65_HS1-834228961_62-HQ-83894_SUB_A
Agency: FBI
Page 70
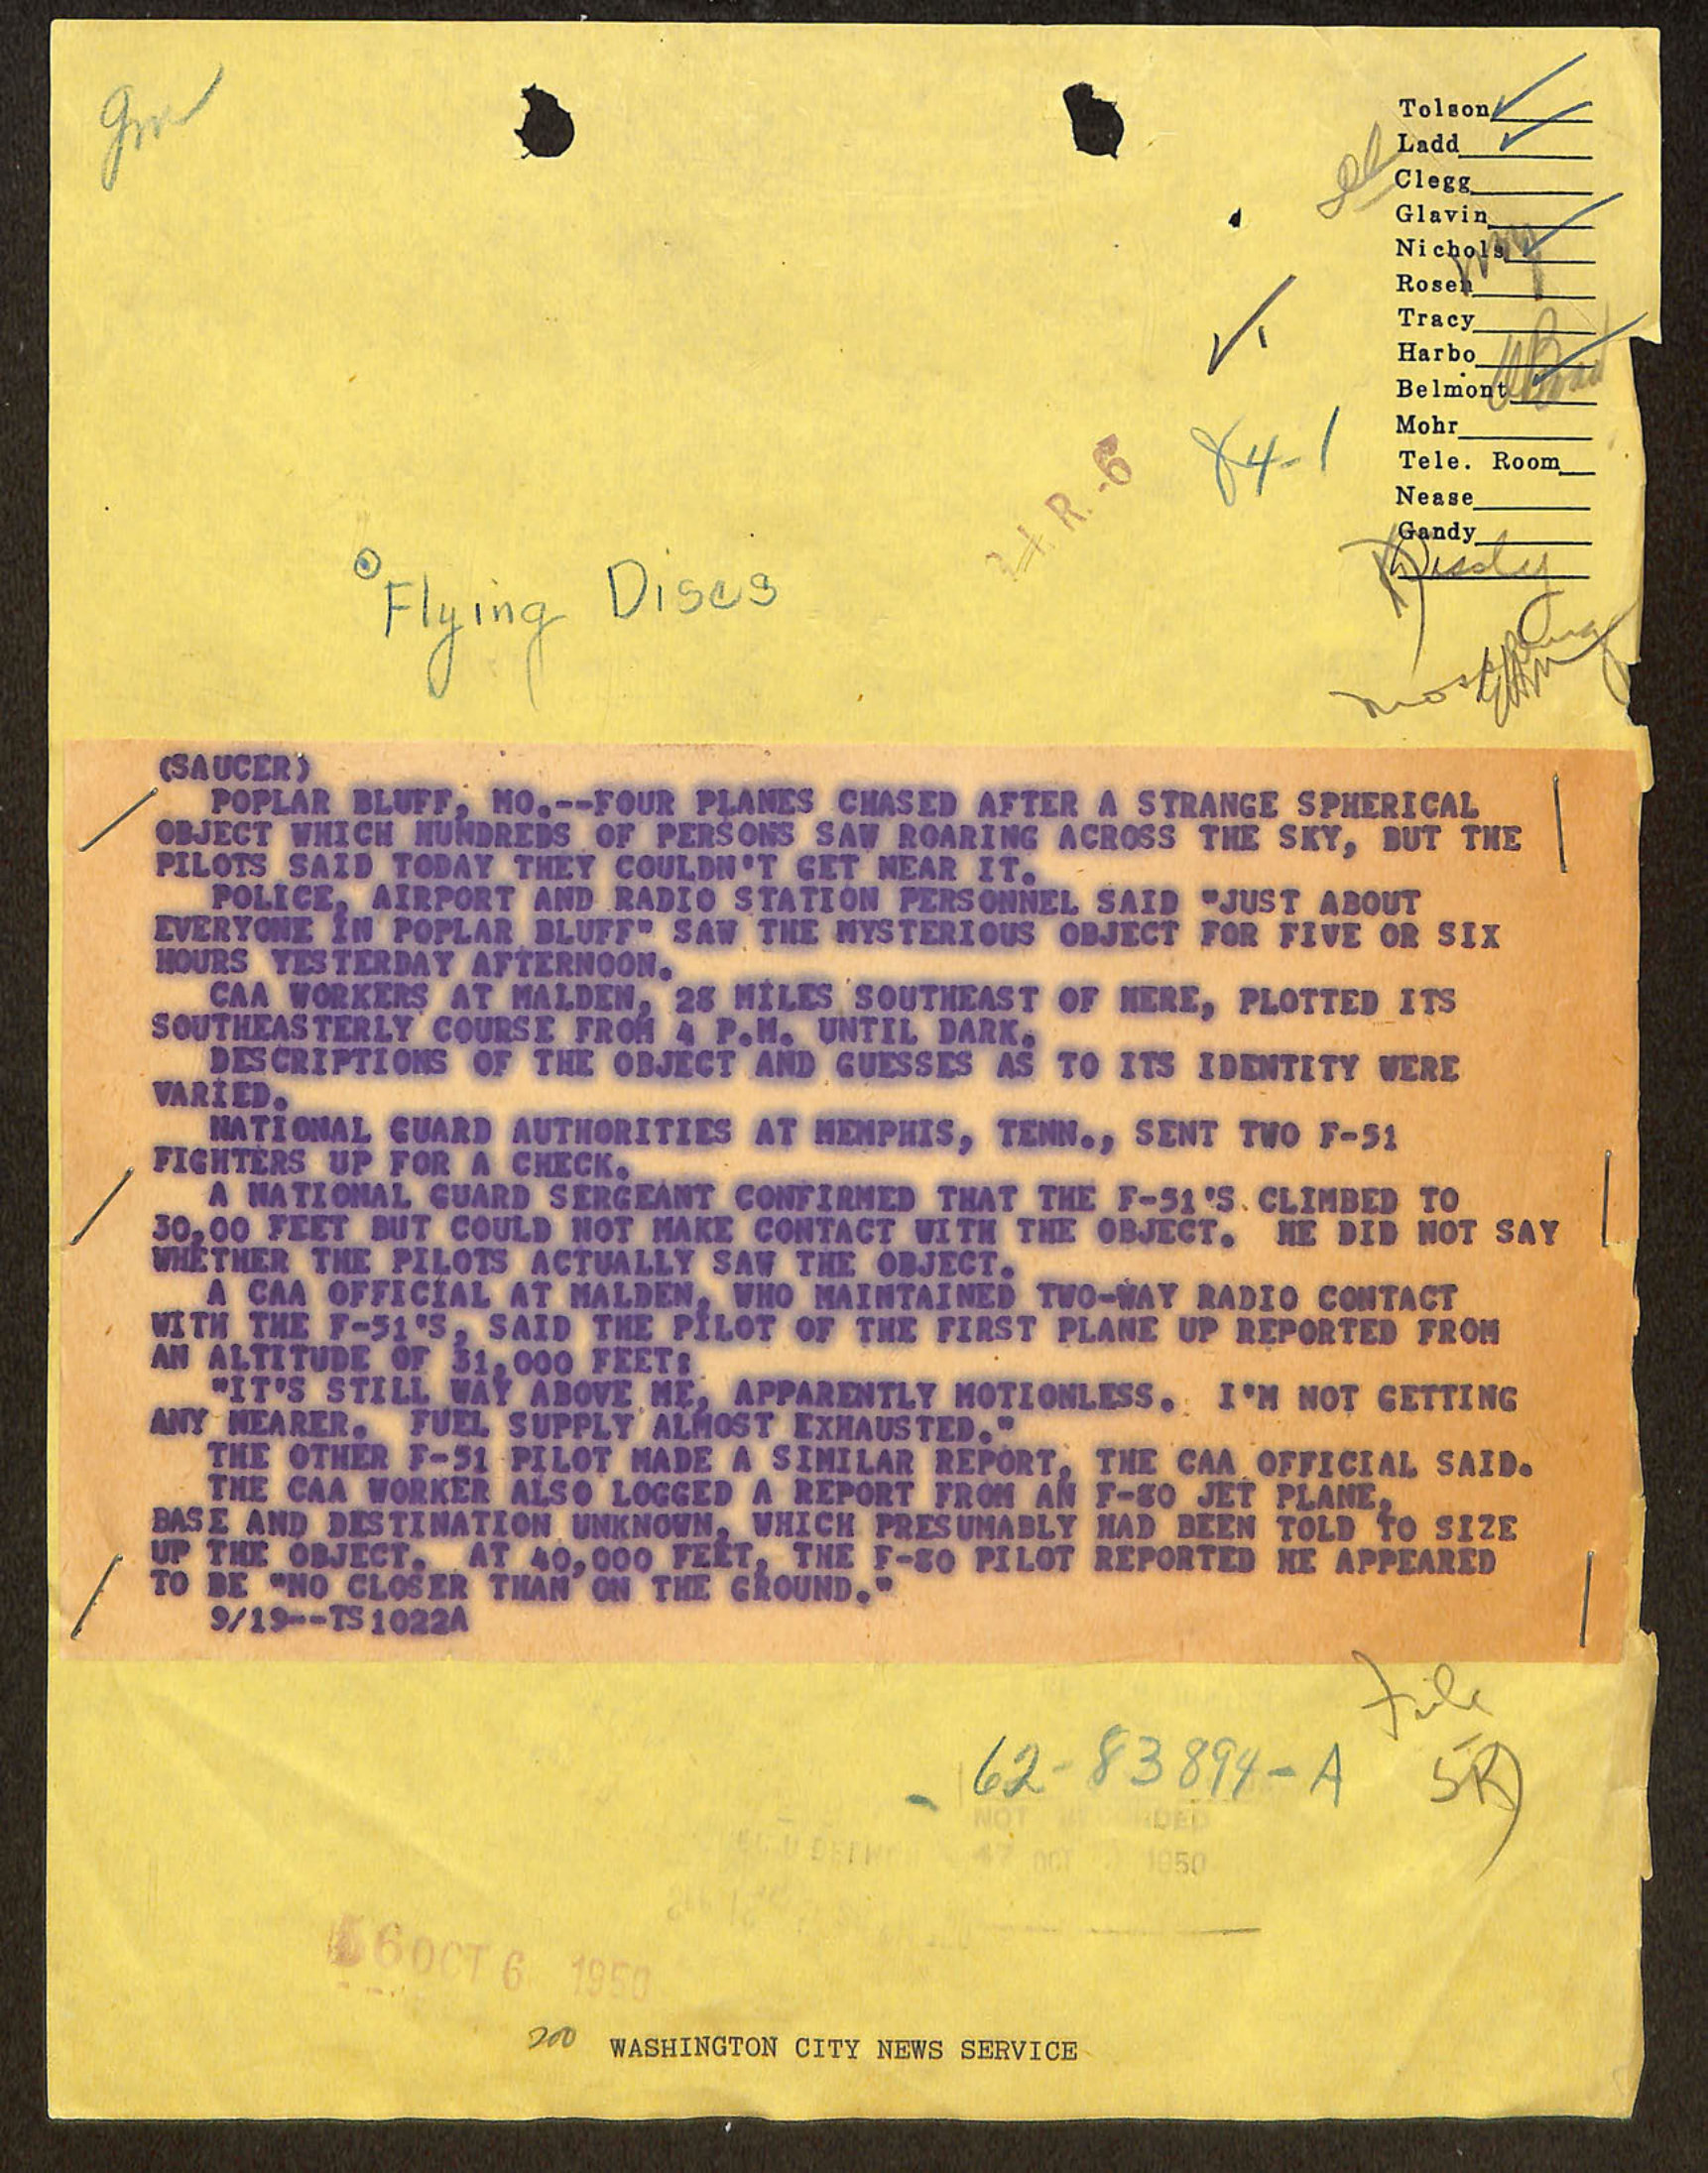